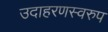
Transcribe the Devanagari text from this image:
उदाहरणस्‍वरुप